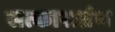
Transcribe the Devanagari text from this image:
सत्काराग्रंथ